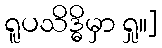
ရူပသိဒ္ဓိမှာ ရှု။]